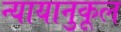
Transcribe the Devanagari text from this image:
न्यायानुकूल